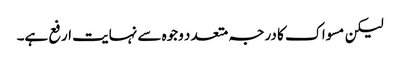
لیکن مسواک کا درجہ متعد د وجوہ سے نہایت ارفع ہے۔